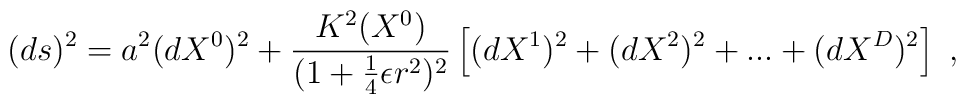
(ds)^2 = a^2 (dX^{0})^{2} + \frac{K^2 (X^0)}{(1 + \frac{1}{4}\epsilon r^2)^2}       \left[ (dX^1)^2 + (dX^2)^2 + ... + (dX^D)^2 \right] \ ,